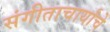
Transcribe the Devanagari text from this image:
संगीताचार्यांचे